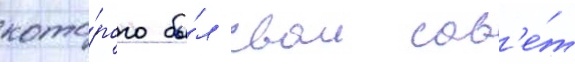
кото́рого бы́л свои сов'е́т